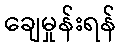
ချေမှုန်းရန်